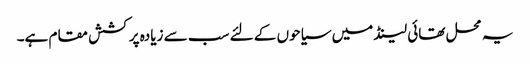
یہ محل تھائی لینڈ میں سیاحوں کے لئے سب سے زیادہ پرکشش مقام ہے۔